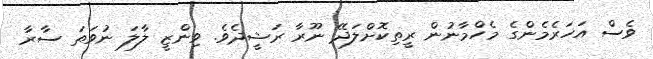
ވެސް އަހަރެމެންގެ މެހްމާނުން ރީތިކޮށްލަދޭ ނޫރާ ރަޝީދެވެ. ވިންޒީ ލާލަ ނުވަތަ ސާރާ